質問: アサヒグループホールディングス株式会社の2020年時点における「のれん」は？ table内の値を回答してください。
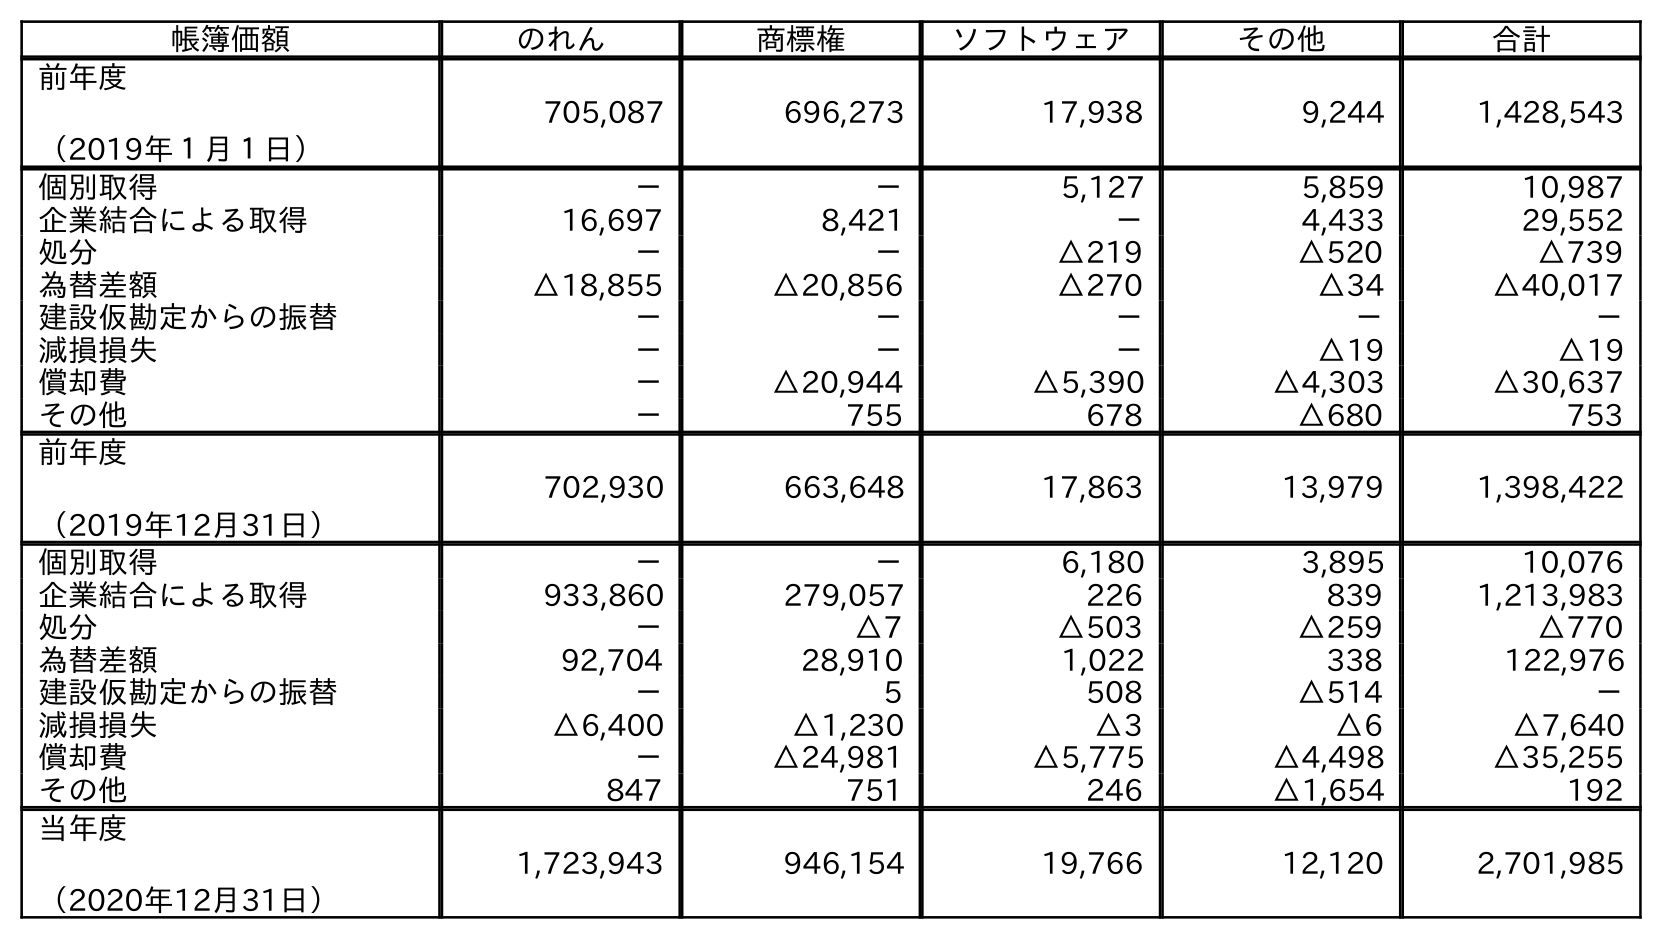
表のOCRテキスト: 帳簿価額 のれん 商標権 ソフトウェア その他 合計 前年度 （2019年１月１日） 705,087 696,273 17,938 9,244 1,428,543 個別取得 － － 5,127 5,859 10,987 企業結合による取得 16,697 8,421 － 4,433 29,552 処分 － － △219 △520 △739 為替差額 △18,855 △20,856 △270 △34 △40,017 建設仮勘定からの振替 － － － － － 減損損失 － － － △19 △19 償却費 － △20,944 △5,390 △4,303 △30,637 その他 － 755 678 △680 753 前年度 （2019年12月31日） 702,930 663,648 17,863 13,979 1,398,422 個別取得 － － 6,180 3,895 10,076 企業結合による取得 933,860 279,057 226 839 1,213,983 処分 － △7 △503 △259 △770 為替差額 92,704 28,910 1,022 338 122,976 建設仮勘定からの振替 － 5 508 △514 － 減損損失 △6,400 △1,230 △3 △6 △7,640 償却費 － △24,981 △5,775 △4,498 △35,255 その他 847 751 246 △1,654 192 当年度 （2020年12月31日） 1,723,943 946,154 19,766 12,120 2,701,985
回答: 1,723,943